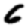
Digit: 6